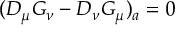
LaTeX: ( { \cal D } _ { \mu } G _ { \nu } - { \cal D } _ { \nu } G _ { \mu } ) _ { a } = 0